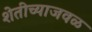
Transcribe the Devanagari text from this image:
शेतीच्याजवळ